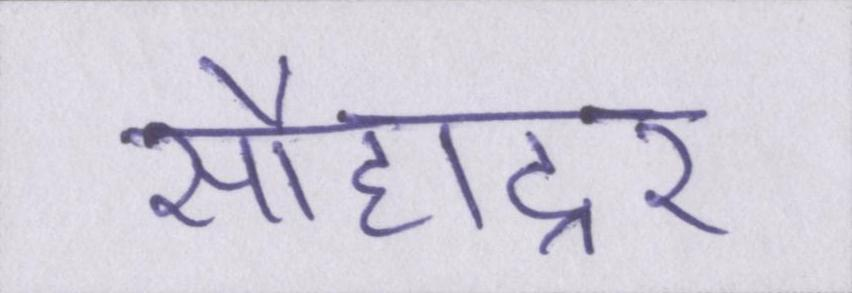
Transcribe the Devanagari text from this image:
सौहाद्र्र